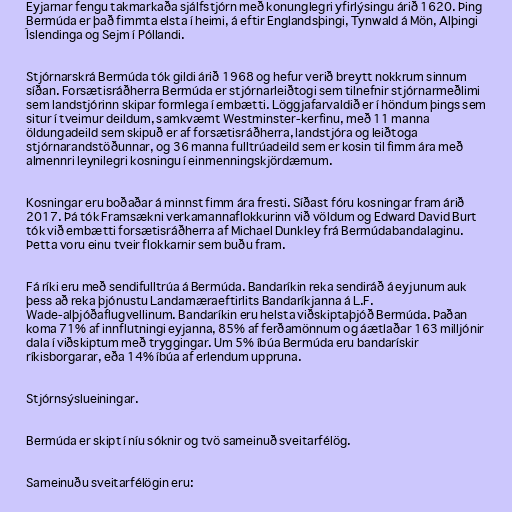
Eyjarnar fengu takmarkaða sjálfstjórn með konunglegri yfirlýsingu árið 1620. Þing
Bermúda er það fimmta elsta í heimi, á eftir Englandsþingi, Tynwald á Mön, Alþingi
Íslendinga og Sejm í Póllandi.

Stjórnarskrá Bermúda tók gildi árið 1968 og hefur verið breytt nokkrum sinnum
síðan. Forsætisráðherra Bermúda er stjórnarleiðtogi sem tilnefnir stjórnarmeðlimi
sem landstjórinn skipar formlega í embætti. Löggjafarvaldið er í höndum þings sem
situr í tveimur deildum, samkvæmt Westminster-kerfinu, með 11 manna
öldungadeild sem skipuð er af forsætisráðherra, landstjóra og leiðtoga
stjórnarandstöðunnar, og 36 manna fulltrúadeild sem er kosin til fimm ára með
almennri leynilegri kosningu í einmenningskjördæmum.

Kosningar eru boðaðar á minnst fimm ára fresti. Síðast fóru kosningar fram árið
2017. Þá tók Framsækni verkamannaflokkurinn við völdum og Edward David Burt
tók við embætti forsætisráðherra af Michael Dunkley frá Bermúdabandalaginu.
Þetta voru einu tveir flokkarnir sem buðu fram.

Fá ríki eru með sendifulltrúa á Bermúda. Bandaríkin reka sendiráð á eyjunum auk
þess að reka þjónustu Landamæraeftirlits Bandaríkjanna á L.F.
Wade-alþjóðaflugvellinum. Bandaríkin eru helsta viðskiptaþjóð Bermúda. Þaðan
koma 71% af innflutningi eyjanna, 85% af ferðamönnum og áætlaðar 163 milljónir
dala í viðskiptum með tryggingar. Um 5% íbúa Bermúda eru bandarískir
ríkisborgarar, eða 14% íbúa af erlendum uppruna.

Stjórnsýslueiningar.

Bermúda er skipt í níu sóknir og tvö sameinuð sveitarfélög.

Sameinuðu sveitarfélögin eru: